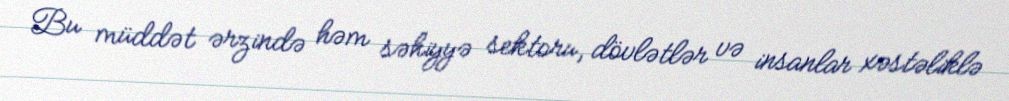
Bu müddət ərzində həm səhiyyə sektoru, dövlətlər və insanlar xəstəliklə